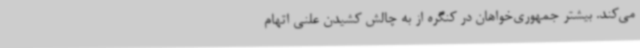
می‌کند. بیشتر جمهوری‌خواهان در کنگره از به چالش کشیدن علنی اتهام‌